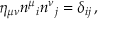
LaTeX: \eta _ { \mu \nu } n ^ { \mu } { } _ { i } n ^ { \nu } { } _ { j } = \delta _ { i j } \, ,